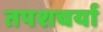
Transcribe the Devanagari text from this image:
तपशचर्या